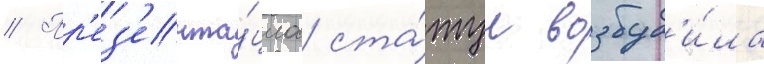
// Пр'ез'ента́циа ста́туи возбуд'и́ла